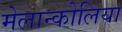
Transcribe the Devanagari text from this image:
मेलान्कोलिया